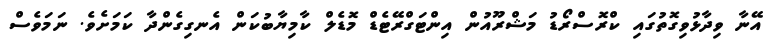
އޭނާ ވިދާޅުވިގޮތުގައި ކްރޮސްރޯޑު މަޝްރޫއުން އިންޓަގްރޭޓެޑް މޮޑެލް ކާމިޔާބުކަން އެނގިގެންދާ ކަމަށެވެ. ނަމަވެސް